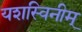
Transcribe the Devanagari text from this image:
यशस्विनीम्‌